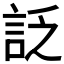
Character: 𧦟